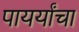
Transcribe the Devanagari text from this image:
पायर्यांचा